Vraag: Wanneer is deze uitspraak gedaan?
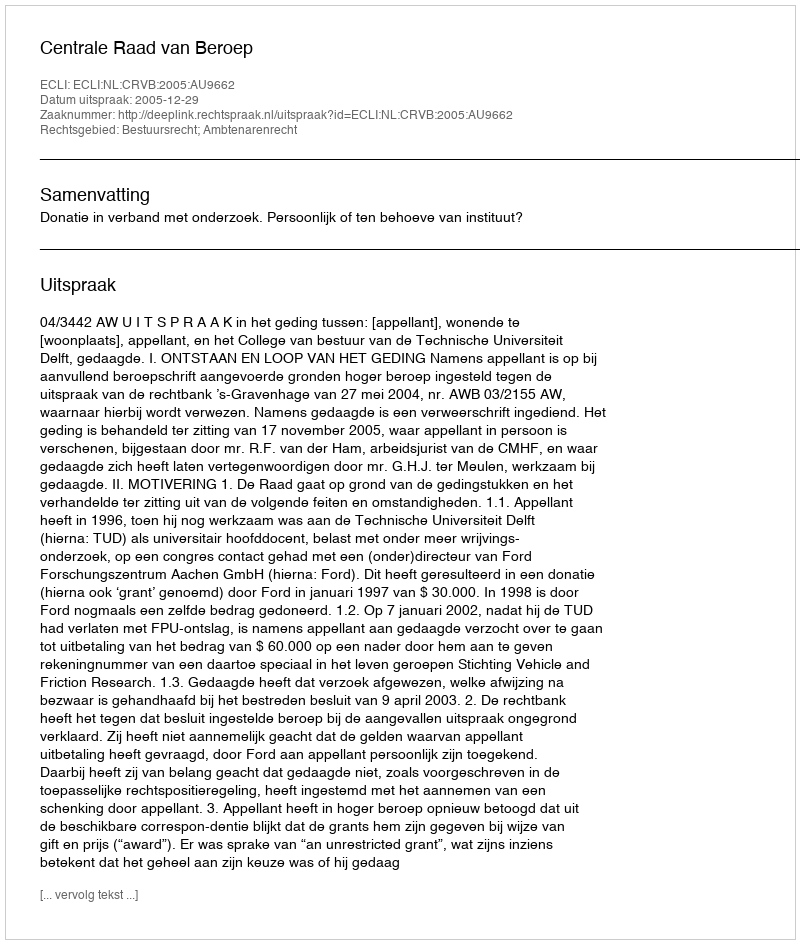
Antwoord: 2005-12-29